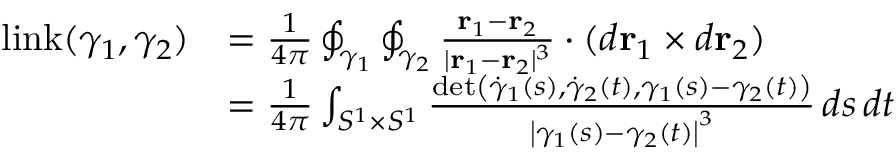
{ \begin{array} { r l } { \operatorname { l i n k } ( \gamma _ { 1 } , \gamma _ { 2 } ) } & { = { \frac { 1 } { 4 \pi } } \oint _ { \gamma _ { 1 } } \oint _ { \gamma _ { 2 } } { \frac { \mathbf { r } _ { 1 } - \mathbf { r } _ { 2 } } { | \mathbf { r } _ { 1 } - \mathbf { r } _ { 2 } | ^ { 3 } } } \cdot ( d \mathbf { r } _ { 1 } \times d \mathbf { r } _ { 2 } ) } \\ & { = { \frac { 1 } { 4 \pi } } \int _ { S ^ { 1 } \times S ^ { 1 } } { \frac { \operatorname* { d e t } \left( { \dot { \gamma } } _ { 1 } ( s ) , { \dot { \gamma } } _ { 2 } ( t ) , \gamma _ { 1 } ( s ) - \gamma _ { 2 } ( t ) \right) } { \left| \gamma _ { 1 } ( s ) - \gamma _ { 2 } ( t ) \right| ^ { 3 } } } \, d s \, d t } \end{array} }